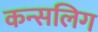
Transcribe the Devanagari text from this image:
कन्सलिग